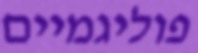
פוליגמיים